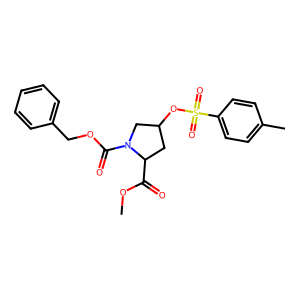
SMILES: COC(=O)C1CC(OS(=O)(=O)c2ccc(C)cc2)CN1C(=O)OCc1ccccc1
Inhibits HIV replication: No